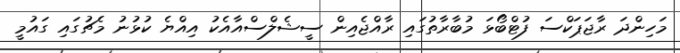
މަހިންދަ ރާޖަޕަކްސަ ފުޓްބޯޅަ މުބާރާތުގައި ރާއްޖެއިން ސީޝެލްސްއާއެކު އިއްޔެ ކުޅުނު މެޗުގައި ގައުމީ